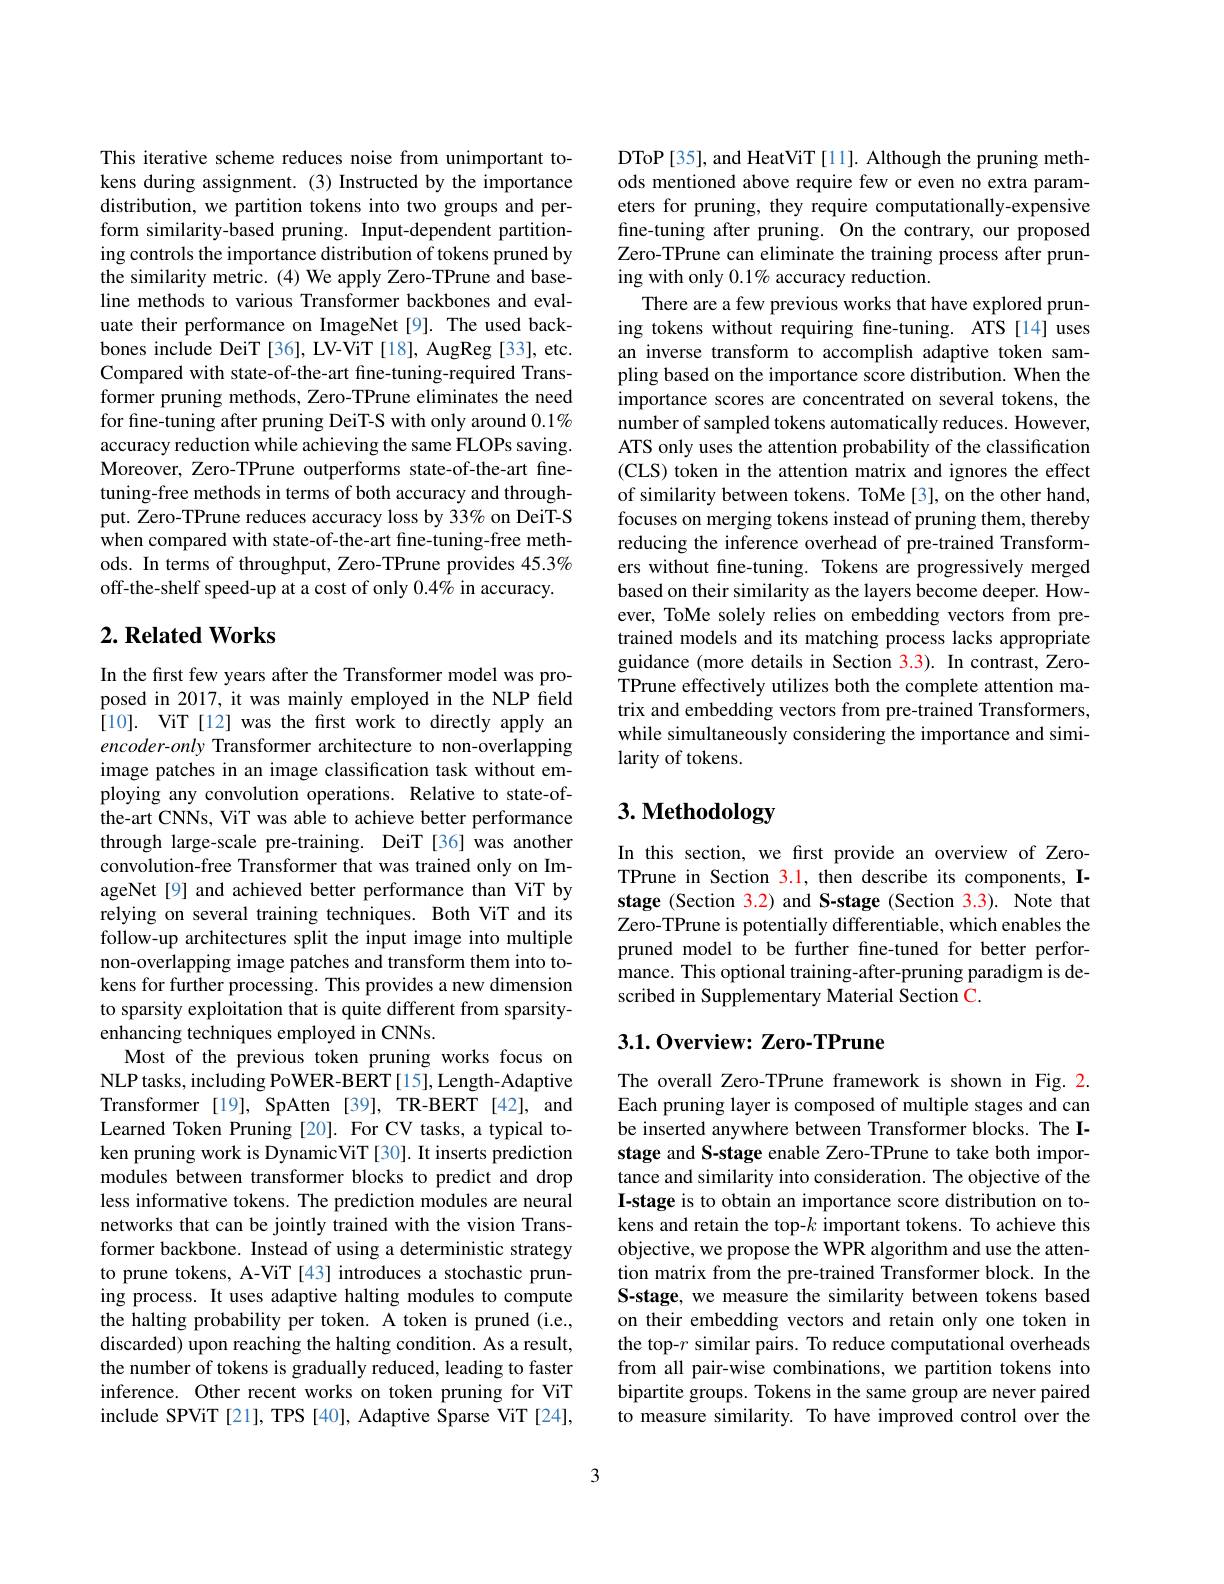
This iterative scheme reduces noise from unimportant tokens during assignment.(3) Instructed by the importance distribution, we partition tokens into two groups and perform similarity-based pruning. Input-dependent partitioning controls the importance distribution of tokens pruned by the similarity metric. (4) We apply Zero-TPrune and baseline methods to various Transformer backbones and evaluate their performance on ImageNet[9]. The used backbones include DeiT [36], LV-ViT [18], AugReg [33], etc. Compared with state-of-the-art fine-tuning-required Transformer pruning methods, Zero-TPrune eliminates the need for fine-tuning after pruning DeiT-S with only around $0.1\%$ accuracy reduction while achieving the same FLOPs saving. Moreover, Zero-TPrune outperforms state-of-the-art finetuning-free methods in terms of both accuracy and throughput. Zero-TPrune reduces accuracy loss by 33% on DeiT-S when compared with state-of-the-art fine-tuning-free methods. In terms of throughput, Zero-TPrune provides 45.3% off-the-shelf speed-up at a cost of only $0.4\%$ in accuracy.

## $2. \textbf{Related Works}$

In the first few years after the Transformer model was proposed in 2017, it was mainly employed in the NLP field [10]. ViT [12] was the first work to directly apply an encoder-only Transformer architecture to non-overlapping image patches in an image classification task without employing any convolution operations. Relative to state-ofthe-art CNNs, ViT was able to achieve better performance through large-scale pre-training. DeiT [36] was another convolution-free Transformer that was trained only on ImageNet[9] and achieved better performance than ViT by relying on several training techniques. Both ViT and its follow-up architectures split the input image into multiple non-overlapping image patches and transform them into tokens for further processing. This provides a new dimension to sparsity exploitation that is quite different from sparsityenhancing techniques employed in CNNs.
Most of the previous token pruning works focus on NLP tasks, including PoWER-BERT [15], Length-Adaptive Transformer [19], SpAtten [39], TR-BERT [42], and Learned Token Pruning [20]. For CV tasks, a typical token pruning work is DynamicViT [30]. It inserts prediction modules between transformer blocks to predict and drop less informative tokens. The prediction modules are neural networks that can be jointly trained with the vision Transformer backbone. Instead of using a deterministic strategy to prune tokens, A-ViT [43] introduces a stochastic pruning process. It uses adaptive halting modules to compute the halting probability per token. A token is pruned (i.e., discarded) upon reaching the halting condition. As a result, the number of tokens is gradually reduced, leading to faster inference. Other recent works on token pruning for ViT include SPViT[21], TPS[40], Adaptive Sparse ViT[24],

DToP [35], and HeatViT [11]. Although the pruning methods mentioned above require few or even no extra parameters for pruning, they require computationally-expensive fine-tuning after pruning. On the contrary, our proposed Zero-TPrune can eliminate the training process after pruning with only $0.1\%$ accuracy reduction.
There are a few previous works that have explored pruning tokens without requiring fine-tuning. ATS [14] uses an inverse transform to accomplish adaptive token sampling based on the importance score distribution. When the importance scores are concentrated on several tokens, the number of sampled tokens automatically reduces. However, ATS only uses the attention probability of the classification (CLS) token in the attention matrix and ignores the effect of similarity between tokens. ToMe[3], on the other hand, focuses on merging tokens instead of pruning them, thereby reducing the inference overhead of pre-trained Transformers without fine-tuning. Tokens are progressively merged based on their similarity as the layers become deeper. However, ToMe solely relies on embedding vectors from pretrained models and its matching process lacks appropriate guidance (more details in Section 3.3). In contrast, ZeroTPrune effectively utilizes both the complete attention matrix and embedding vectors from pre-trained Transformers, while simultaneously considering the importance and similarity of tokens.

# 3. Methodology

In this section, we first provide an overview of ZeroTPrune in Section 3.1, then describe its components, Istage (Section 3.2) and S-stage (Section 3.3). Note that Zero-TPrune is potentially differentiable, which enables the pruned model to be further fine-tuned for better performance. This optional training-after-pruning paradigm is de scribed in Supplementary Material Section C.

## 3.1.0verview: Zero-TPrune

The overall Zero-TPrune framework is shown in Fig.2. Each pruning layer is composed of multiple stages and can be inserted anywhere between Transformer blocks. The Istage and S-stage enable Zero-TPrune to take both importance and similarity into consideration. The objective of the I-stage is to obtain an importance score distribution on tokens and retain the top-$k$ important tokens. To achieve this objective, we propose the WPR algorithm and use the attention matrix from the pre-trained Transformer block. In the S-stage, we measure the similarity between tokens based on their embedding vectors and retain only one token in the top-$r$ similar pairs. To reduce computational overheads from all pair-wise combinations, we partition tokens into bipartite groups. Tokens in the same group are never paired to measure similarity. To have improved control over the

3